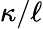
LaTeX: \kappa/\ell